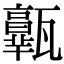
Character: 𤮩